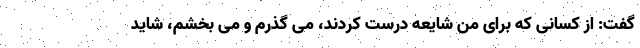
گفت: از کسانی که برای من شایعه درست کردند، می گذرم و می بخشم، شاید